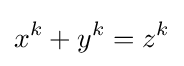
x^{k}+y^{k}=z^{k}